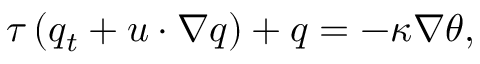
\tau \left( q _ { t } + u \cdot \nabla q \right) + q = - \kappa \nabla \theta ,